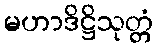
မဟာဒိဋ္ဌိသုတ္တံ